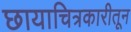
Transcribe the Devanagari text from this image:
छायाचित्रकारीतून